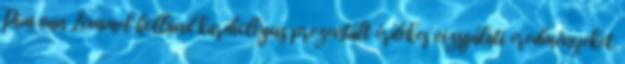
Pim van Lommel holland kardiológus prezentált érdekes vizsgálati eredményeket.